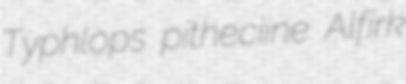
Typhlops pitheciine Alfirk